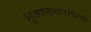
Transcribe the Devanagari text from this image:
भूजालाधाराकांची